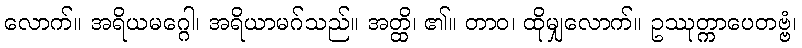
လောက်။ အရိယမဂ္ဂေါ၊ အရိယာမဂ်သည်။ အတ္ထိ၊ ၏။ တာဝ၊ ထိုမျှလောက်။ ဥဿုတ္ကာပေတဗ္ဗံ၊